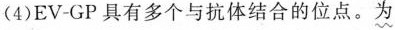
(4)EV-GP具有多个与抗体结合的位点。为